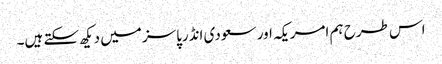
اس طرح ہم امریکہ اور سعودی انڈرپاسز میں دیکھ سکتے ہیں۔